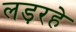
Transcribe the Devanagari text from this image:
लड़रहे